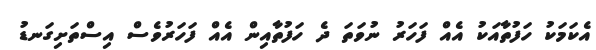
އެކަމަކު ހަފުތާއަކު އެއް ފަހަރު ނުވަތަ ދެ ހަފުތާއިން އެއް ފަހަރުވެސް އިސްތަށިގަނޑު